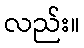
လည်း။